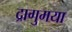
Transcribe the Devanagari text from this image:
द्रागुमया